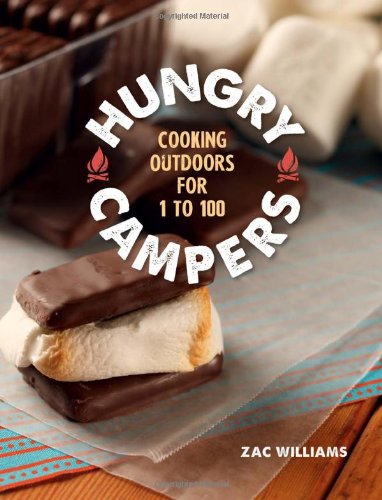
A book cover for Hungry Campers: Cooking Outdoors for 1 to 100; Zac Williams; Cookbooks, Food & Wine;